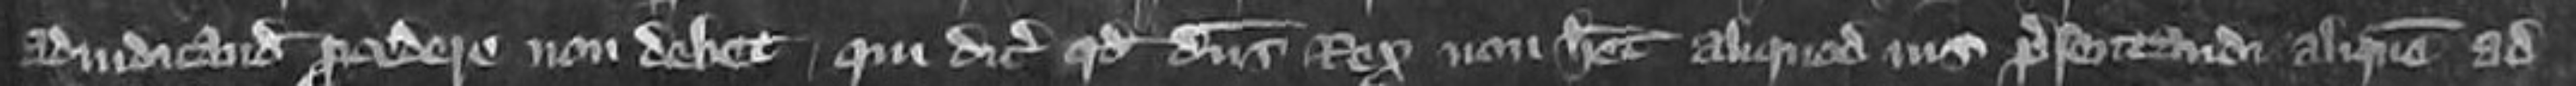
adiudicandum procedere non debet qui dicit quod dominus Rex non habet aliquo ius presentandi alique ad